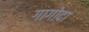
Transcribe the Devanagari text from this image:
गागोदा